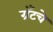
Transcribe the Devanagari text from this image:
ग्रँटचे